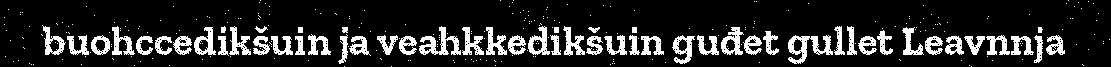
buohccedikšuin ja veahkkedikšuin guđet gullet Leavnnja